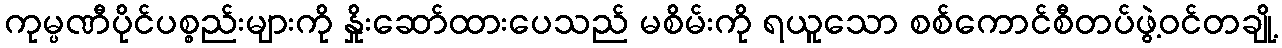
ကုမ္ပဏီပိုင်ပစ္စည်းများကို နှိုးဆော်ထားပေသည် မစိမ်းကို ရယူသော စစ်ကောင်စီတပ်ဖွဲ့ဝင်တချို့